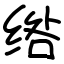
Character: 绺